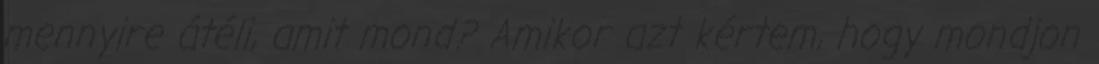
mennyire átéli, amit mond? Amikor azt kértem, hogy mondjon